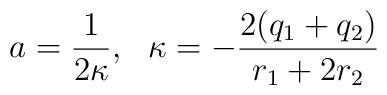
a=\frac{1}{2\kappa}, \  \ \kappa=-\frac{2(q_1+q_2)}{r_1+2r_2}